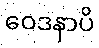
ဝေဒနာပိ